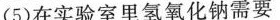
(5)在实验室里氢氧化钠需要